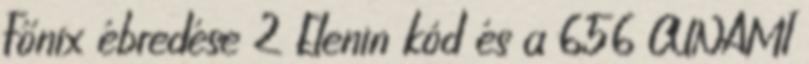
Főnix ébredése 2 Elenin kód és a 656 CUNAMI